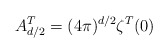
\begin{align*}A^T_{d/2}=(4\pi)^{d/2}\zeta^T(0)\end{align*}